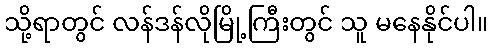
သို့ရာတွင် လန်ဒန်လိုမြို့ကြီးတွင် သူ မနေနိုင်ပါ။